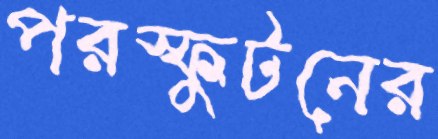
পরস্ফুটনের